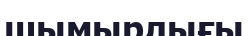
шымырлығы